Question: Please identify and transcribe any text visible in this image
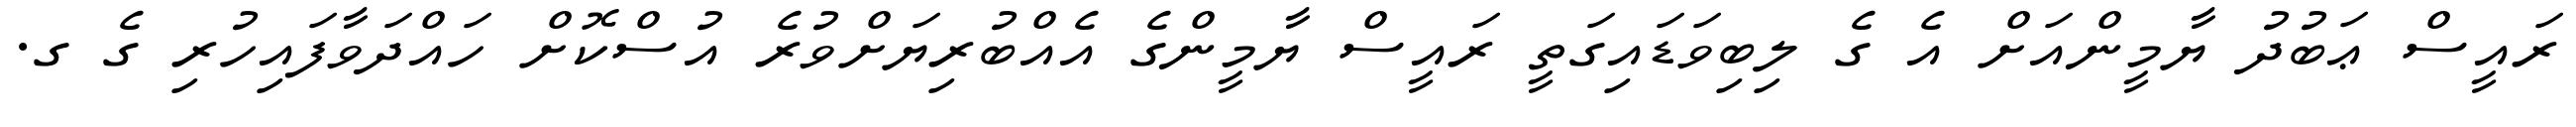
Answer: ރައީސް ޢަބުދު ޔާމީންއަށް އެ ގެ ލިބިވަޑައިގަތީ ރައީސް ޔާމީންގެ އެއްބުރިޔަށްވުރެ އުސްކޮށް ހައްދަވާފައިހުރި ގެ ގ.